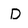
Character: D